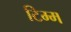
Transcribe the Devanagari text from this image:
टिम्म